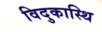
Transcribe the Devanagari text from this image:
विदुकास्थि